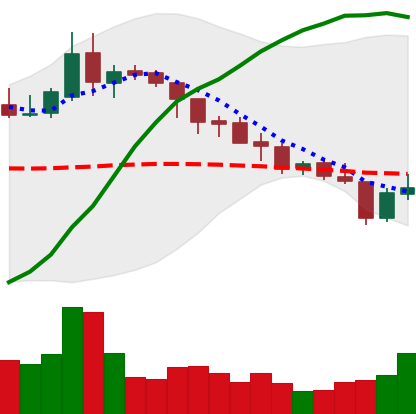
Ticker: XLM-USD
Chart end date: 2018-08-10
Forward return: -3.76%
Label: down_3_5